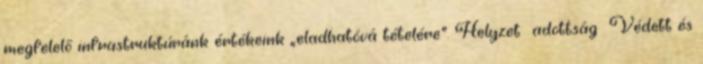
megfelelő infrastruktúránk értékeink „eladhatóvá tételére”. Helyzet adottság ▪Védett és